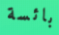
بائسة